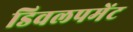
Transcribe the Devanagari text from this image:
डिवलपमेंट